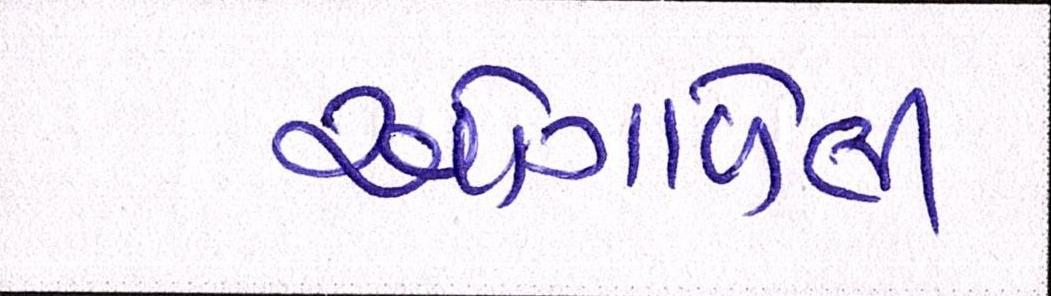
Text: ઓગાળેલી